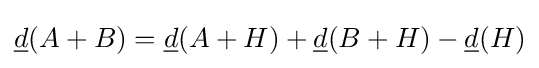
{\underline {d}}(A+B)={\underline {d}}(A+H)+{\underline {d}}(B+H)-{\underline {d}}(H)